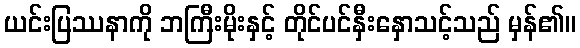
ယင်းပြဿနာကို ဘကြီးမိုးနှင့် တိုင်ပင်နှီးနှောသင့်သည် မှန်၏။